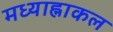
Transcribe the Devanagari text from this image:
मध्याह्नाकल